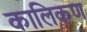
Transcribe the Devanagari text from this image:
कालिकण